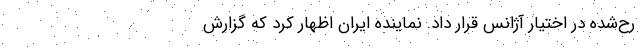
رح‌شده در اختیار آژانس قرار داد. نماینده ایران اظهار کرد که گزارش